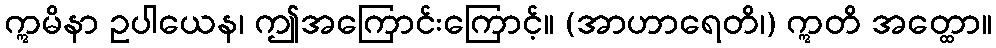
ဣမိနာ ဥပါယေန၊ ဤအကြောင်းကြောင့်။ (အာဟာရေတိ၊) ဣတိ အတ္ထော။